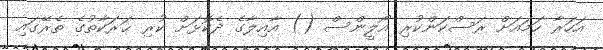
އަހަރާ ހަމައަށް ރަސްކަންކުރި އޯލީންސް () އާއިލާގެ ދެކޮޅަށް ކުރި ޙަރަކާތުގެ ތެރޭގައި